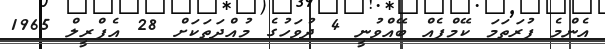
އެންމެ ފުރަތަމަ ކޭމްޕެއް ބޭއްވުނީ 4 ދުވަހުގެ މުއްދަތަކަށް 28 އެޕްރީލް 1965